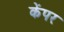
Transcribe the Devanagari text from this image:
केंपर